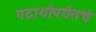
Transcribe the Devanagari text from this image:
पदार्थापर्यंतचे